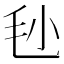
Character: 毜